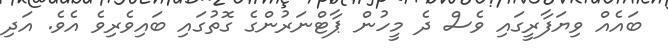
ބައެއް ވިޔަފާރީގައި ވެސް ދެ މީހުން ޕާޓްނަރުންގެ ގޮތުގައި ބައިވެރިވެ އެވެ. އަދި